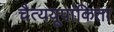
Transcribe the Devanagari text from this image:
चैत्ययूपांकिता